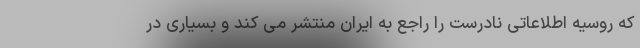
که روسیه اطلاعاتی نادرست را راجع به ایران منتشر می کند و بسیاری در